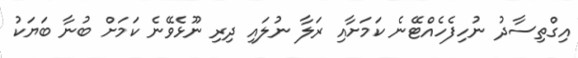
އިގްތިސާދު ނުހިފެހެއްޓޭނެ ކަމަށާއި ރަލާ ނުލައި ދިރި ނޫޅެވޭނެ ކަމަށް ބުނާ ބަޔަކު